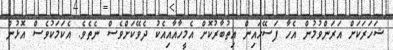
ޝަހަރަކަށް އަރަންވުމުން އެހާ ފަސޭހައިން އިތުބާރުކޮށް އެމީހާއާއިއެކު ދެވޭކަަށްވެސް ނެތެވެ. އެކަމަކުވެސް އޮޅުން